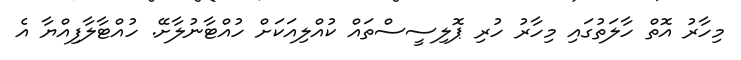
މިހާރު އޮތް ހާލަތުގައި މިހާރު ހުރި ޕޮލިސީސްތައް ކުއްލިއަކަށް ހުއްޓާނުލާށޭ. ހުއްޓާލާފިއްޔާ އެ